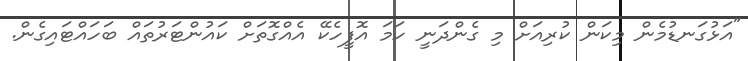
"އަޅުގަނޑުމެން މިކަން ކުރިއަށް މި ގެންދަނީ ހަމަ އޮފީހެކޭ އެއްގޮތަށް ކައުންޓަރުތައް ބަހައްޓައިގެން.